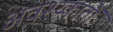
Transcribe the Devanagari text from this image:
अवश्य्कातों